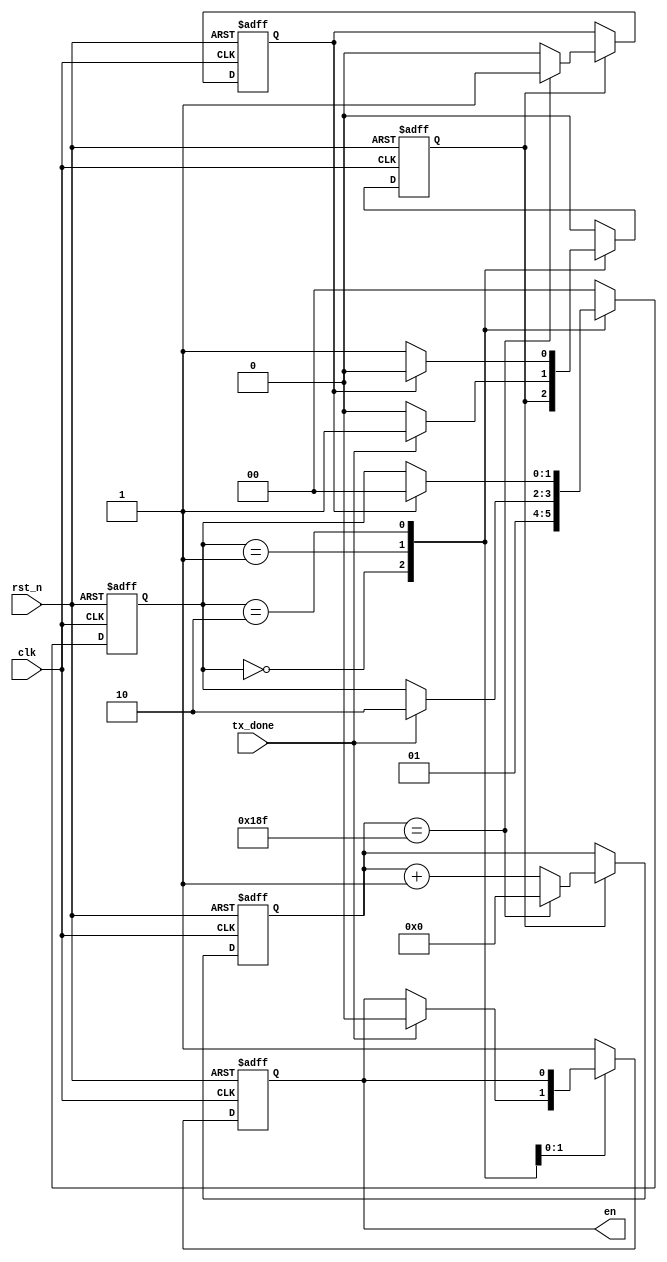
module control(
	
	clk,
	rst_n,
	tx_done,
	en,

);
	
	input clk;
	input rst_n;
	input tx_done;
	output reg en;

	
	
	reg [1:0] state;
	reg delay_done;
	reg cnt_en;
	reg [8:0] inner_counter;
	
	
	localparam s0 = 0;//
	localparam s1 = 1;//
	localparam s2 = 2;//
	
	
	
	always@(posedge clk or negedge rst_n) begin
		if(!rst_n) begin
			state <= s0;
			en <= 1;
			cnt_en <= 0;
		end
		else 
			case(state)
				s0:
					begin
						en = 1;
						state = s1;
					end
				s1:
					begin
						if(tx_done == 1) begin
							en = 0;
							cnt_en = 1;
							state = s2;
						end	
						else
							cnt_en = 0;
					end
				s2:
					begin
						if(delay_done) begin
							state = s0;
							cnt_en = 0;
						end
						else
							cnt_en = 1;
					end
				default: 
					begin		
						state <= s0;					
						en <= 1;
						cnt_en <= 0;
					end
			endcase
	end
	
	always@(posedge clk or negedge rst_n)
		if(!rst_n) begin
		
			delay_done <= 1;
			inner_counter <= 0;
			
		end
		else if(cnt_en)
			if(inner_counter == 399) begin
				inner_counter <= 0;
				delay_done <= 1;
			end
			else begin 
				inner_counter <= inner_counter + 1'b1;
				delay_done <= 0;
			end
			
endmodule